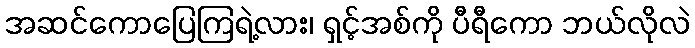
အဆင်ကောပြေကြရဲ့လား၊ ရှင့်အစ်ကို ပီရီကော ဘယ်လိုလဲ